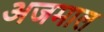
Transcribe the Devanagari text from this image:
अजमाल